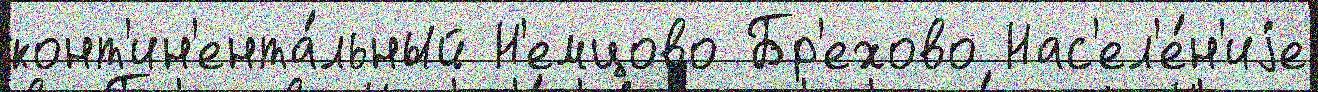
конт'ин'ента́льный Н'емцово Бр'ехово Нас'ел'е́н'иjе